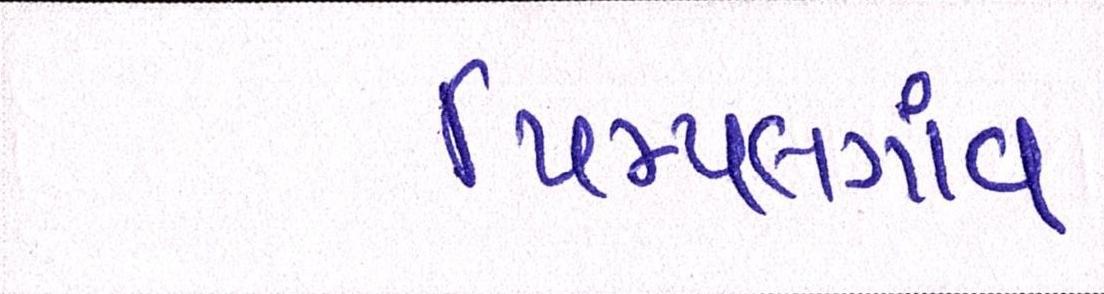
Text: પિમ્પલગાંવ